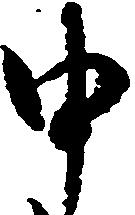
申